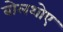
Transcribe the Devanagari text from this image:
बोलशोए